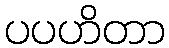
ပပဟိတာ